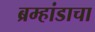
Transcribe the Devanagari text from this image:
ब्रम्हांडाचा